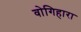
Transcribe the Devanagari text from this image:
वोगिहारा